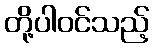
တို့ပါဝင်သည့်